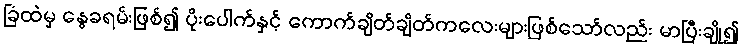
ခြံထဲမှ နွေခရမ်းဖြစ်၍ ပိုးပေါက်နှင့် ကောက်ချိတ်ချိတ်ကလေးများဖြစ်သော်လည်း မာပြီးချို၍